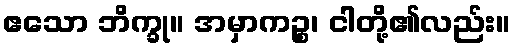
ဧသော ဘိက္ခု။ အမှာကဉ္စ၊ ငါတို့၏လည်း။